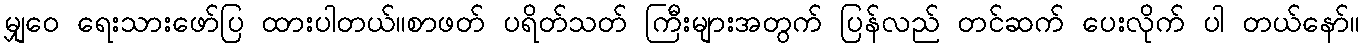
မျှဝေ ရေးသားဖော်ပြ ထားပါတယ်၊၊စာဖတ် ပရိတ်သတ် ကြီးများအတွက် ပြန်လည် တင်ဆက် ပေးလိုက် ပါ တယ်နော်။